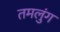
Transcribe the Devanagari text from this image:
तमलुंग